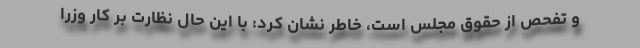
و تفحص از حقوق مجلس است، خاطر نشان کرد: با این حال نظارت بر کار وزرا